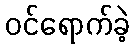
ဝင်ရောက်ခဲ့